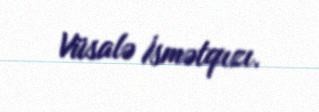
Vüsalə İsmətqızı.